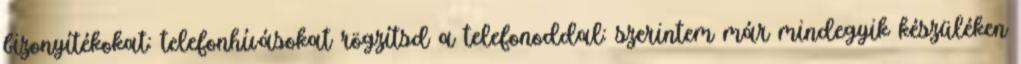
bizonyítékokat: telefonhívásokat rögzítsd a telefonoddal: szerintem már mindegyik készüléken